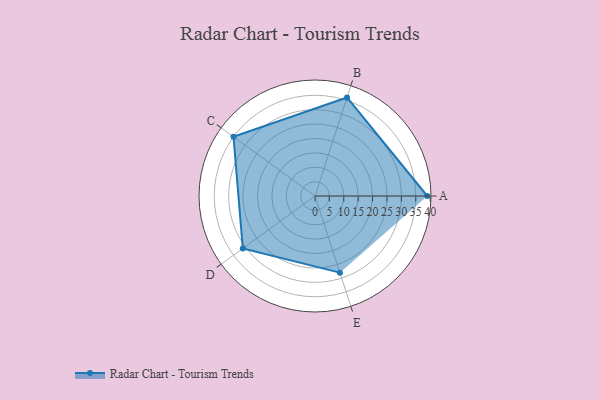
{"axis": {"x": "Skill", "y": "Score"}, "legend": ["Profile"], "data": [{"x": "A", "y": 39.0, "type": "Profile"}, {"x": "B", "y": 36.0, "type": "Profile"}, {"x": "C", "y": 35.0, "type": "Profile"}, {"x": "D", "y": 31.0, "type": "Profile"}, {"x": "E", "y": 28.0, "type": "Profile"}]}